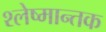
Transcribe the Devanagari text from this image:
श्‍लेष्मान्तक